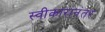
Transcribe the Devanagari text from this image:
स्वीकारानंतर